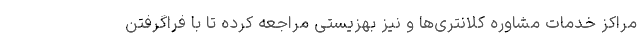
مراکز خدمات مشاوره کلانتری‌ها و نیز بهزیستی مراجعه کرده تا با فراگرفتن